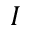
I